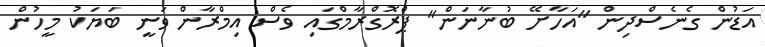
އަޑުން ގެެނެސްދިން "އަހާށޭ ބުނާނަން" ޕްރޮގްރާމްގައި ވެސް އިމްރާން ވަނީ ބަޔަކު މީހުން